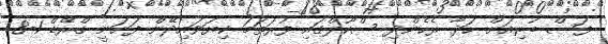
ފަސް ބުރިއަށް ހަދާ ރެހެންދި ސްކޫލްގައި ފުރަތަމަ ކިޔަވައިދޭން ފަށަނީ ގްރޭޑް 1-8